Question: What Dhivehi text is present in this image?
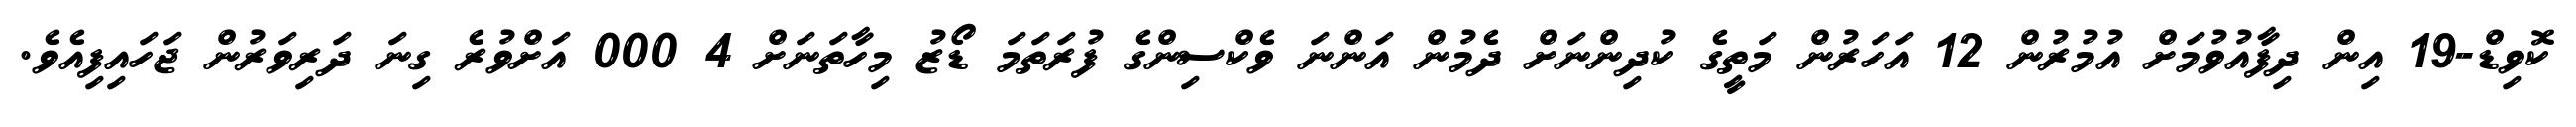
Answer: ކޮވިޑް-19 އިން ދިފާއުވުމަށް އުމުރުން 12 އަހަރުން މަތީގެ ކުދިންނަށް ދެމުން އަންނަ ވެކްސިންގެ ފުރަތަމަ ޑޯޒު މިހާތަނަށް 4 000 އަށްވުރެ ގިނަ ދަރިވަރުން ޖަހައިފިއެވެ.